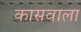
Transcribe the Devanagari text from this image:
कासवाला